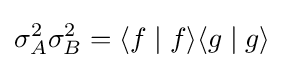
\sigma _{A}^{2}\sigma _{B}^{2}=\langle f\mid f\rangle \langle g\mid g\rangle